Note on the mental hospitals in Burma - 1925-1940
Year: 1925
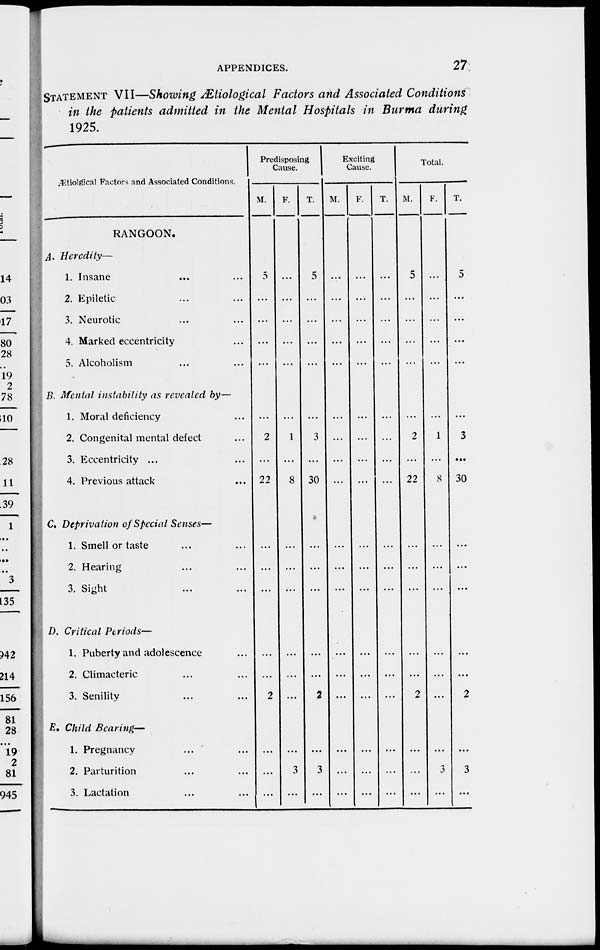
APPENDICES.
27
STATEMENT VII—Showing Ætiological Factors and Associated Conditions
in the patients admitted in the Mental Hospitals in Burma during
1925.
Ætiolgical Factors and Associated Conditions.
RANGOON.
A. Heredity—
1. Insane
... ...
2. Epiletic ... ...
3. Neurotic ... ...
4. Marked eccentricity ...
5. Alcoholism ... ...
B. Mental instability as revealed by—
1. Moral deficiency ...
2. Congenital mental defect ...
3. Eccentricity ... ...
4. Previous attack ...
C. Deprivation of Special Senses—
1. Smell or taste ... ...
2. Hearing ... ...
3. Sight ... ...
D. Critical Periods—
1. Puberty and adolescence ...
2. Climacteric ... ...
3. Senility ... ...
E. Child Bearing—
1. Pregnancy ... ...
2. Parturition ... ...
3. Lactation ... ...
Predisposing
Cause.
M.
5
...
...
...
...
...
2
...
22
...
...
...
...
...
2
...
...
...
F.
...
...
...
...
...
...
1
...
8
...
...
...
...
...
...
...
3
...
T.
5
...
...
...
...
...
3
...
30
...
...
...
...
...
2
...
3
...
Exciting
Cause.
M.
...
...
...
...
...
...
...
...
...
...
...
...
...
...
...
...
...
...
F.
...
...
...
...
...
...
...
...
...
...
...
...
...
...
...
...
...
...
T.
...
...
...
...
...
...
...
...
...
...
...
...
...
...
...
...
...
...
Total.
M.
5
...
...
...
...
...
2
...
22
...
...
...
...
...
2
...
...
...
F.
...
...
...
...
...
...
1
...
8
...
...
...
...
...
...
...
3
...
T.
5
...
...
...
...
...
3
...
30
...
...
...
...
...
2
...
3
...